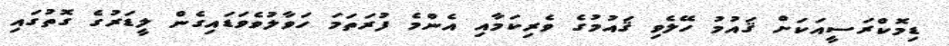
ޑިމޮކްރަސީއަކަށް ޤައުމު ހޭލެވި ޤައުމުގެ ވެރިކަމާއި އެންމެ ފުރަތަމަ ހަވާލުވެވަޑައިގެން ލީޑަރުގެ ގޮތުގައި